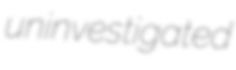
uninvestigated